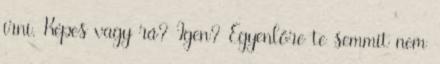
írni. Képes vagy rá? Igen? Egyenlőre te semmit nem